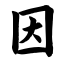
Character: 因